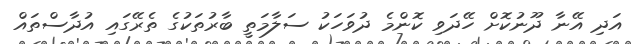
އަދި އޭނާ ދޫނުކޮށް ހޭދަވި ކޮންމެ ދުވަހަކު ސަލާމަތީ ބާރުތަކުގެ ތެރޭގައި އުދާސްތައް